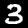
Digit: 3